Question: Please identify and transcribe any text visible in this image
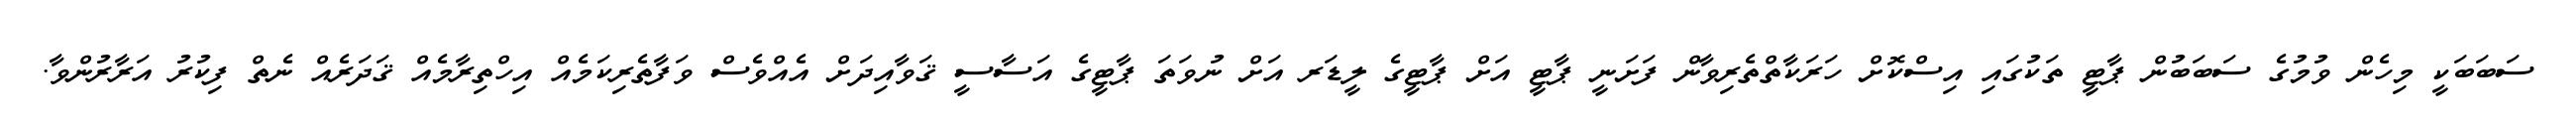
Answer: ސަބަބަކީ މިހެން ވުމުގެ ސަބަބުން ޕާޓީ ތަކުގައި އިސްކޮށް ހަރަކާތްތެރިވާން ފަށަނީ ޕާޓީ އަށް ޕާޓީގެ ލީޑަރ އަށް ނުވަތަ ޕާޓީގެ އަސާސީ ޤަވާއިދަށް އެއްވެސް ވަފާތެރިކަމެއް އިހްތިރާމެއް ޤަދަރެއް ނެތް ފިކުރު އަރާރުންވާ.